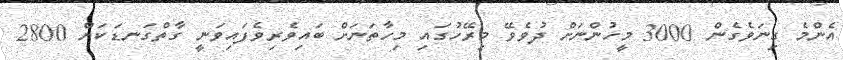
އެންމެ ގިނަވެގެން 3000 މީހުންނަށް ދުވެވޭ މިރޭހުގައި މިހާތަނަށް ބައިވެރިވެފައިވަނީ ގާތްގަނޑަކަަށް 2800